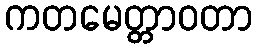
ကတမေတ္တာဝတာ